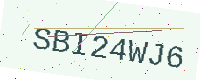
Text: SBI24WJ6